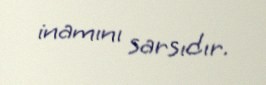
inamını sarsıdır.